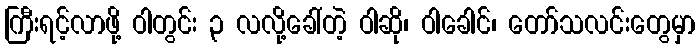
ကြီးရင့်လာဖို့ ဝါတွင်း ၃ လလို့ခေါ်တဲ့ ဝါဆို၊ ဝါခေါင်၊ တော်သလင်းတွေမှာ